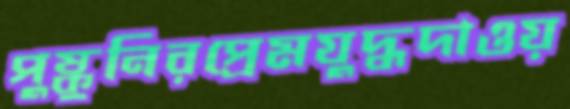
পুষ্কুনিরপ্রেমযুদ্ধদাওয়